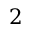
2